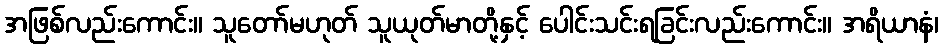
အဖြစ်လည်းကောင်း။ သူတော်မဟုတ် သူယုတ်မာတို့နှင့် ပေါင်းသင်းရခြင်းလည်းကောင်း။ အရိယာနံ၊